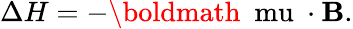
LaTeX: \Delta H=-\mathrm{\boldmath~\ mu~}\cdot{\mathbf B}.